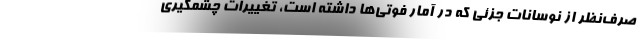
صرف‌نظر از نوسانات جزئی که در آمار فوتی‌‌ها داشته است، تغییرات چشمگیری